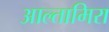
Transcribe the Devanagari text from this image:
आल्तामिरा